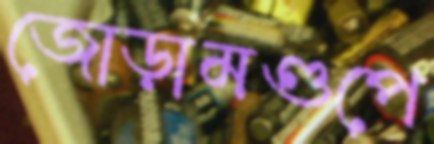
জোড়ামণ্ডপে